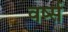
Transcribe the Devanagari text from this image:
वर्ष्स